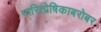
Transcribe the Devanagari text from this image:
पारितोषिकाबरोबर